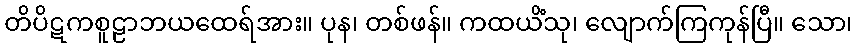
တိပိဋကစူဠာဘယထေရ်အား။ ပုန၊ တစ်ဖန်။ ကထယိံသု၊ လျောက်ကြကုန်ပြီ။ သော၊